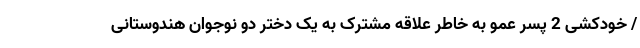
/ خودکشی 2 پسر عمو به خاطر علاقه مشترک به یک دختر دو نوجوان هندوستانی